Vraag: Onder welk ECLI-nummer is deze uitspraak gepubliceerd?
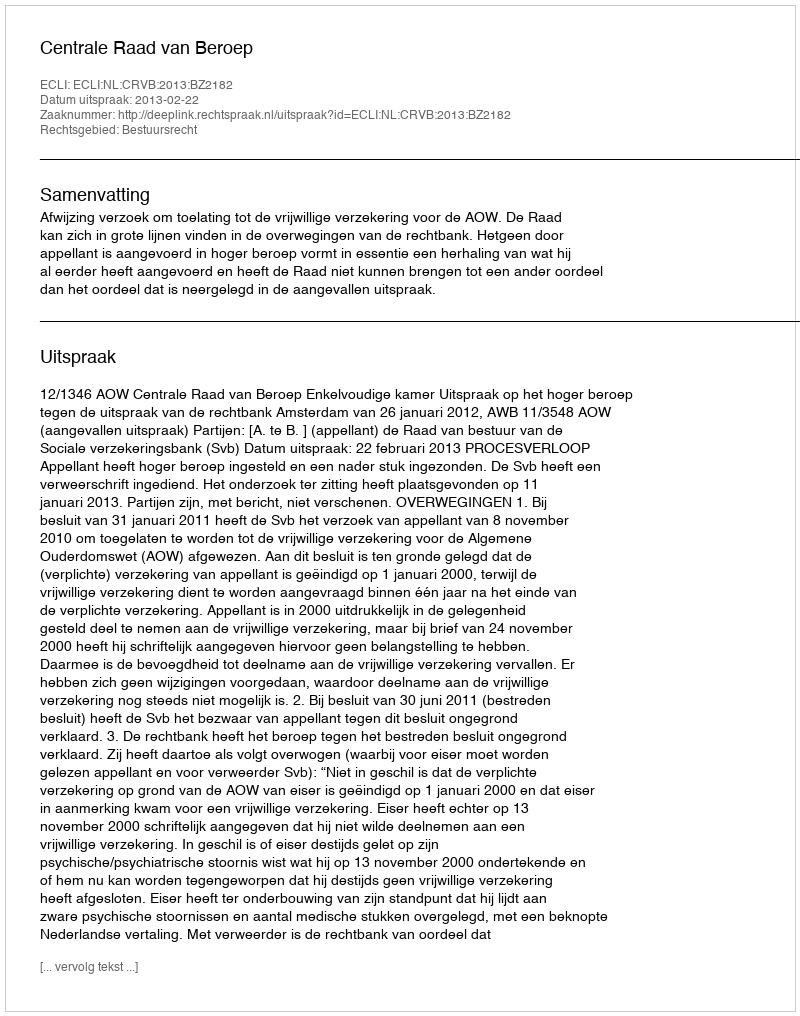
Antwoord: ECLI:NL:CRVB:2013:BZ2182